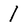
Character: 1